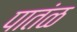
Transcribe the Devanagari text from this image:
पातंळ